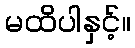
မထိပါနှင့်။